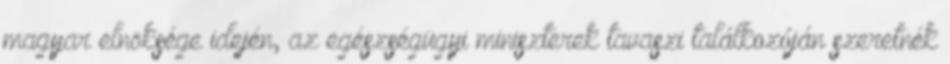
magyar elnöksége idején, az egészségügyi miniszterek tavaszi találkozóján szeretnék